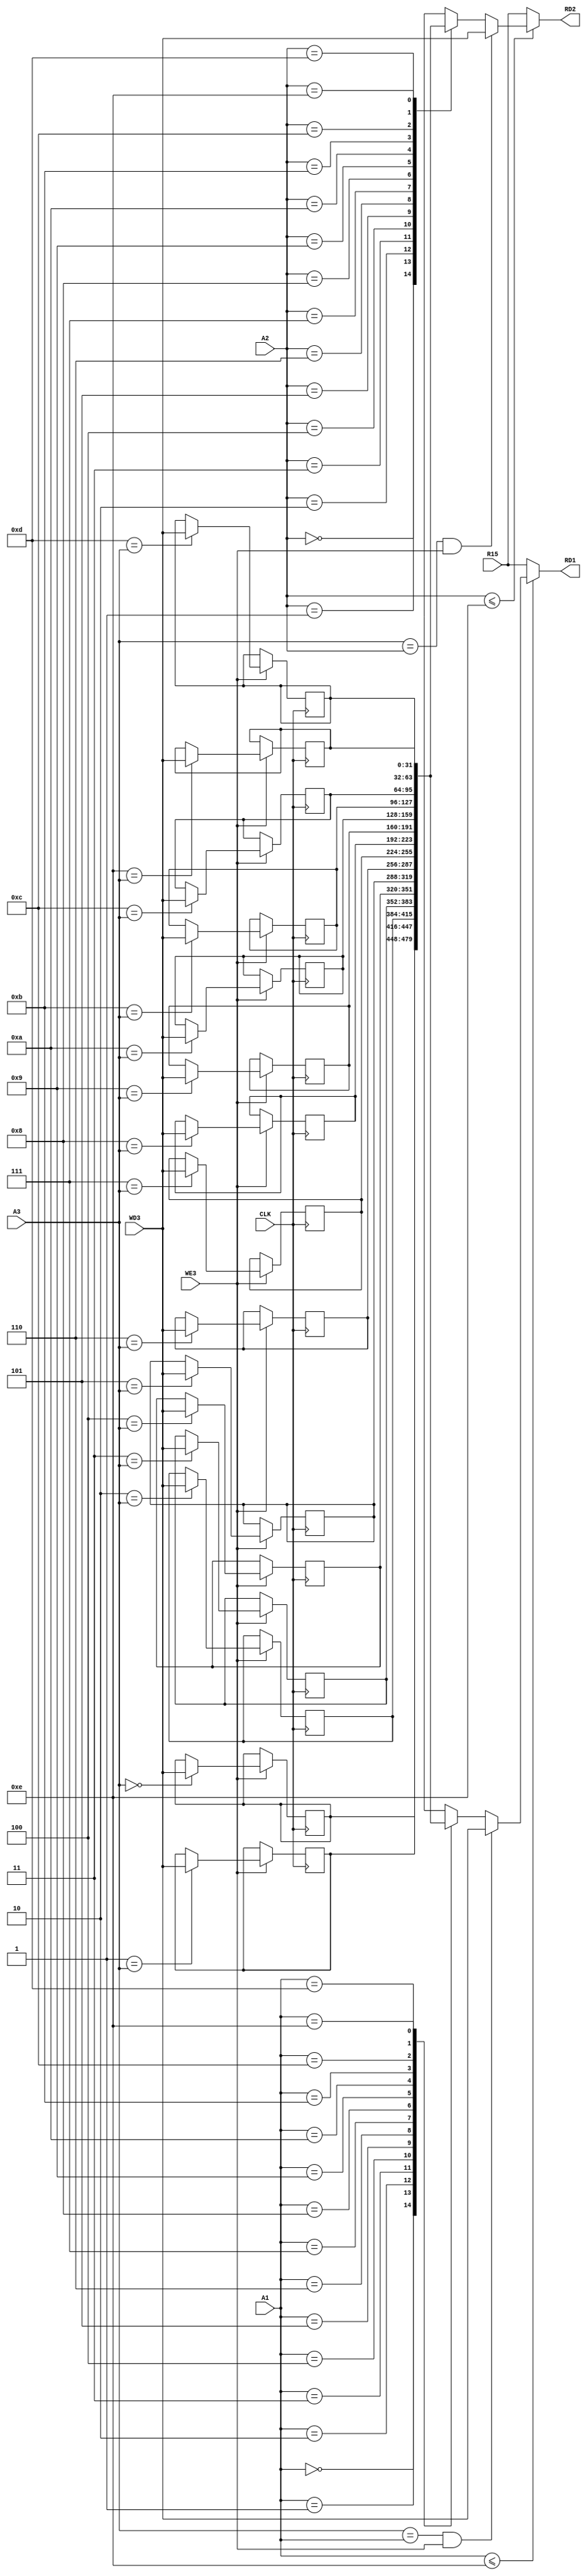
module RegisterFile(
    input CLK,
    input WE3,
    input [3:0] A1,
    input [3:0] A2,
    input [3:0] A3,
    input [31:0] WD3,
    input [31:0] R15,

    output [31:0] RD1,
    output [31:0] RD2
    );
    
    // declare RegBank
    reg [31:0] RegBank [14:0];
    integer i;
 
    always @(posedge CLK) begin
        if(WE3) begin
            for(i=0; i<15; i=i+1) begin
                if(i==A3) RegBank[i] <= WD3;
                else RegBank[i] <= RegBank[i];
            end
        end
        else 
            for(i=0; i<15; i=i+1) 
                 RegBank[i] <= RegBank[i];
    end

    assign RD1 = (A1 <= 4'd14) ? ((A3==A1 && WE3) ? WD3 : RegBank[A1]) : R15;
    assign RD2 = (A2 <= 4'd14) ? ((A3==A2 && WE3) ? WD3 : RegBank[A2]) : R15;

    initial begin
        for(i=0;i<15;i=i+1) begin
            RegBank[i] = 32'd0;
        end
    end 

endmodule